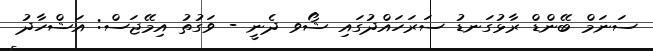
ސަނަމް ބޭންޑް ރާޅުގަނޑު ސަރަހައްދުގައި ޝޯވ ދެނީ - ވަގުތު އިމޭޖަސް: އަޝްހާދު